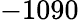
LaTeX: -1090